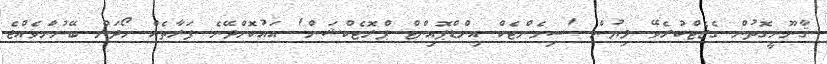
ޤާނޫނީގޮތުން ގެޒެޓްކުރެވޭ ލިޔުން 'ސިމެންޓެކް އިންޑްޕޮއިންޓް ޕްރޮޓެކްޝަން' އައުކޮށްދޭނެ ފަރާތެއް ހޯދަން ބޭނުންވެއްޖެ